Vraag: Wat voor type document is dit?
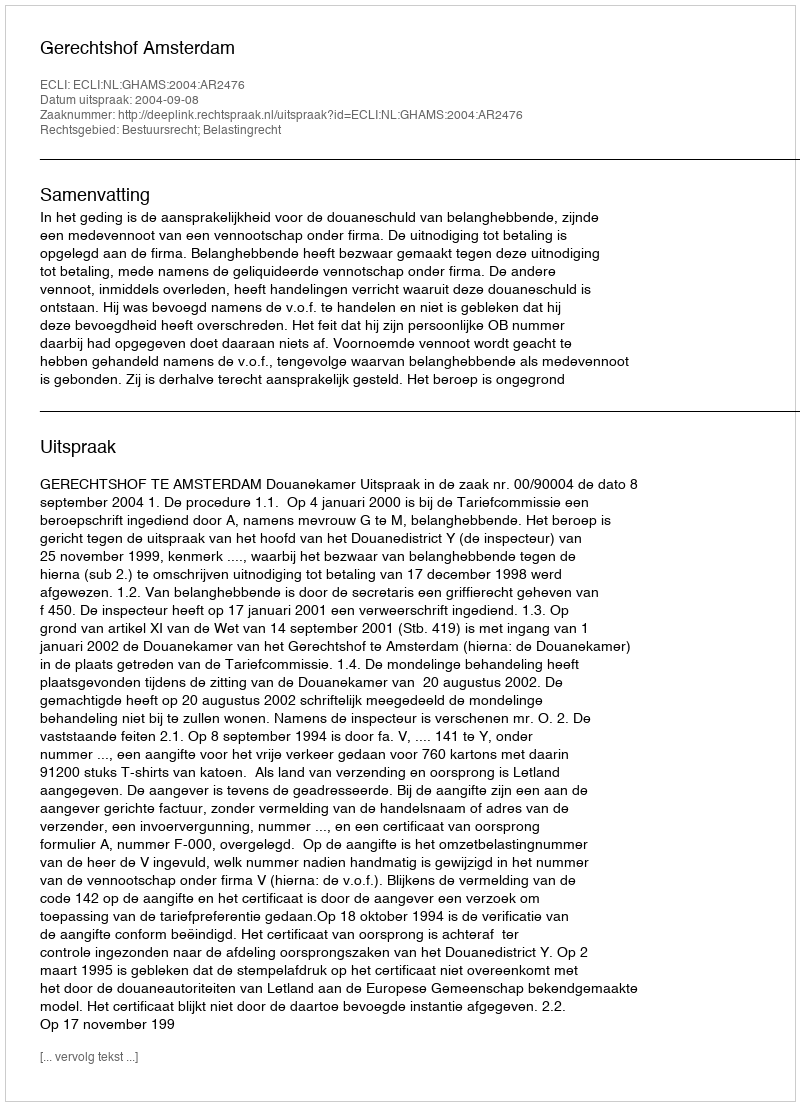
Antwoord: Uitspraak